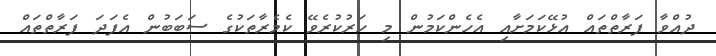
ދުއްވާ ފަރާތްތައް އުޅޭކަމަށާއި އެހެންކަމުން މި ހަރުކުރެވޭ ކެމެރާތަކުގެ ސަބަބުން އެފަދަ ފަރާތްތައް